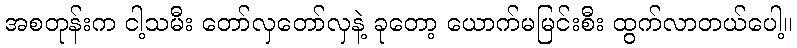
အစတုန်းက ငါ့သမီး တော်လှတော်လှနဲ့ ခုတော့ ယောက်မမြင်းစီး ထွက်လာတယ်ပေါ့။